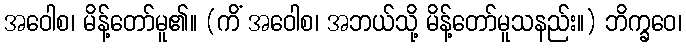
အဝေါစ၊ မိန့်တော်မူ၏။ (ကိံ အဝေါစ၊ အဘယ်သို့ မိန့်တော်မူသနည်း။) ဘိက္ခဝေ၊